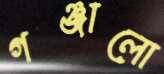
গঞ্জালো